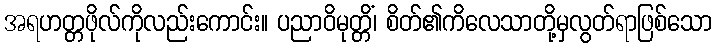
အရဟတ္တဖိုလ်ကိုလည်းကောင်း။ ပညာဝိမုတ္တိံ၊ စိတ်၏ကိလေသာတို့မှလွတ်ရာဖြစ်သော